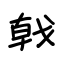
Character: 戟